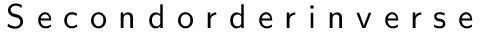
\textsf { S e c o n d o r d e r i n v e r s e }